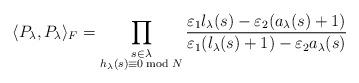
LaTeX: \begin{align*}\langle P_{\lambda}, P_{\lambda} \rangle_F = \displaystyle \prod_{\substack{s \in \lambda\\ h_{\lambda}(s) \equiv 0 \bmod N}} \dfrac{\varepsilon_1 l_{\lambda}(s) - \varepsilon_2 (a_{\lambda}(s) + 1)}{\varepsilon_1 (l_{\lambda}(s) + 1) - \varepsilon_2 a_{\lambda}(s)} \end{align*}